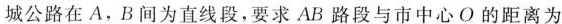
城公路在A,B间为直线段,要求AB路段与市中心O的距离为